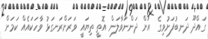
ގައްދޫ ދަނބުފަށުވިގެ  އަށް ދަންނަވާލަން އޮތީ ތިޔައީ ވަރަށްރަނގަޅު ވާހަކައެއް ކަމަށް